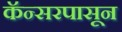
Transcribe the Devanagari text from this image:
कॅन्सरपासून